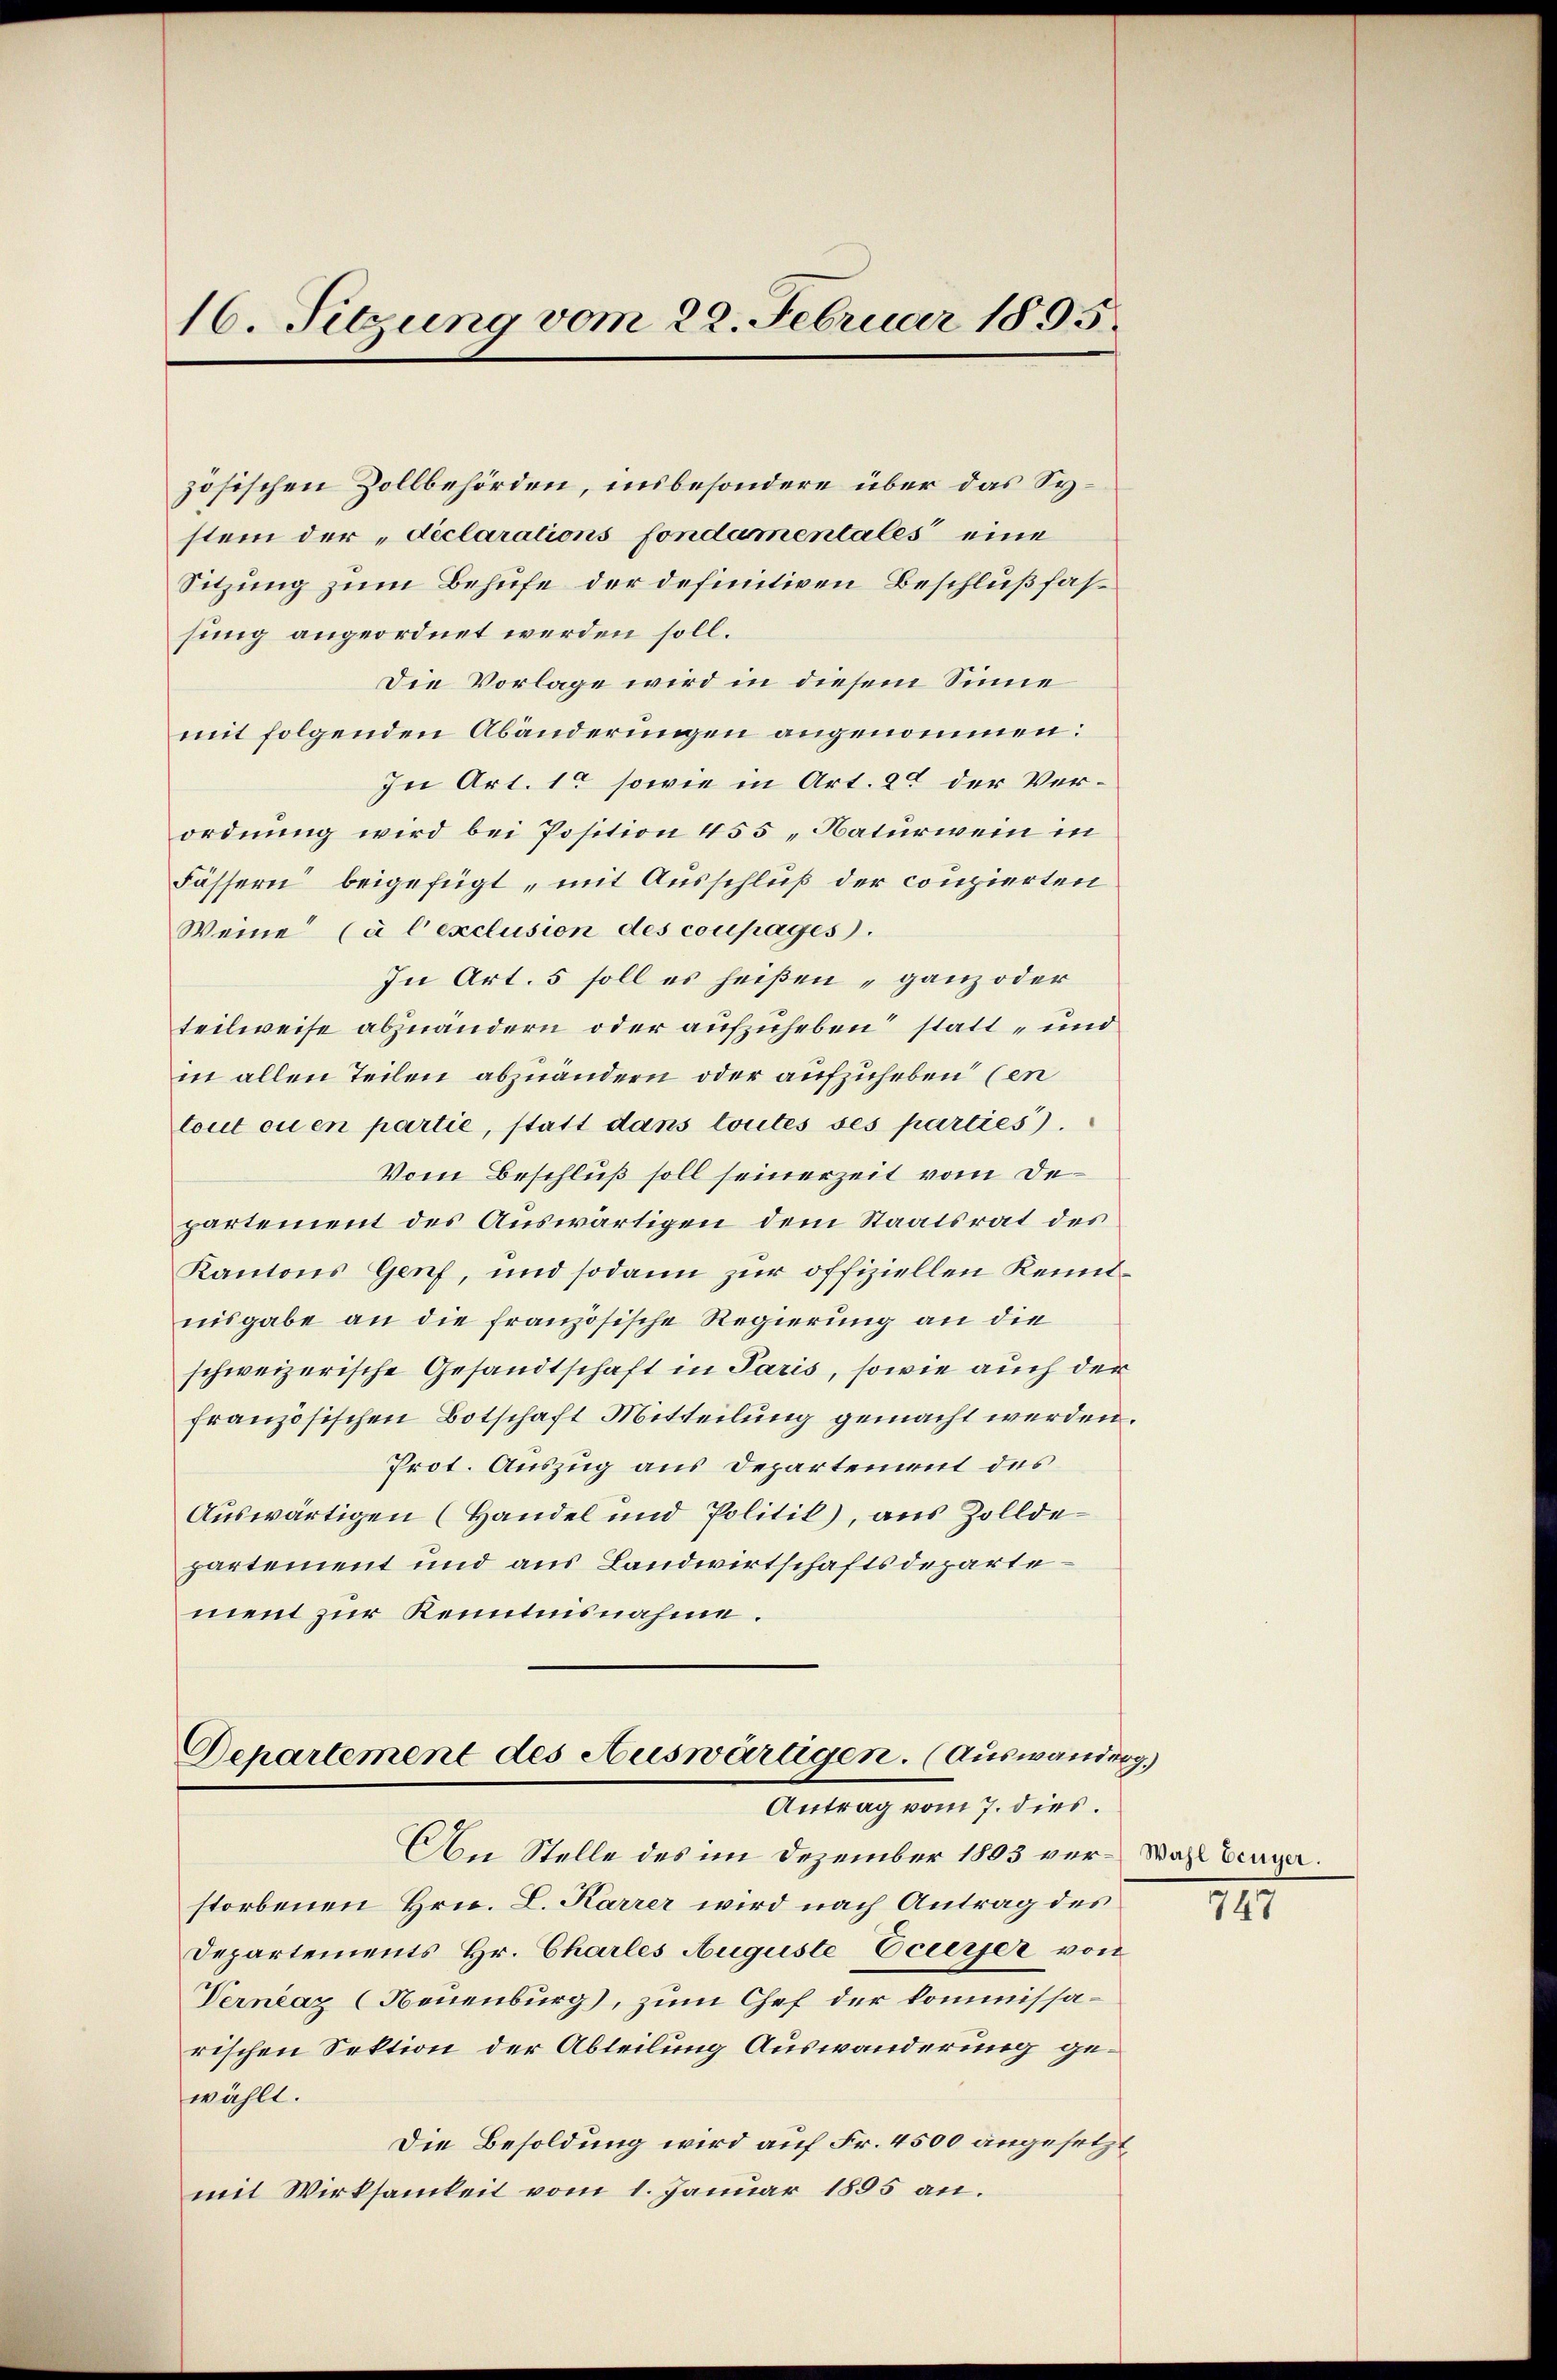
16. Sitzung vom 22. Februar 1895.

zösischen Zollbehörden, insbesondere über das System der „declarations fondamentales eine
Sitzung zum Behufe der definitiven Beschlußfassung angeordnet werden soll.
Die Vorlage wird in diesem Sinne
mit folgenden Abänderungen angenommen:
In Art. 10 sowie in Art. 2 der Verordnung wird bei Position 455 „Naturwein in
Fässern beigefügt, mit Ausschluß der coupierten
Weine (à l’exclusion des coupages.
In Art. 5 soll es heißen „ganz oder
teilweise abzuändern oder aufzuheben statt- und
in allen Teilen abzuändern oder aufzuheben (in
tout ou en partie, statt dans toutes ses parties).
Vom Beschluß soll seinerzeit vom Departement des Auswärtigen dem Staatsrat des
Kantons Genf, und sodann zur offiziellen Kenntnisgabe an die französische Regierung an die
schweizerische Gesandtschaft in Paris, sowie auch der
französischen Botschaft Mitteilung gemacht werden.
Prot. Auszug aus Departement des
Auswärtigen (Handel und Politik), aus Zollde-
partement und aus Landwirtschaftsdepartement zur Kenntnisnahme.

An Stelle des im Dezember 1803 ver-Wahl beiger.
storbenen Hrn. L. Karrer wird nach Antrag des
Departements Hr. Charles Auguste Feuerer von
Vernaz (Neuenburg), zum Chef der kommissarischen Sektion der Abteilung Auswanderung gewählt.
Die Besoldung wird auf Fr. 4500 angesetzt
mit Wirksamkeit vom 1. Januar 1895 an.

Departement des Auswaragen. (Auswandung.)
Antrag vom 7. dies.

141